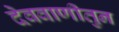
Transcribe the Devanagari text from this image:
देववाणीतुन